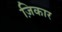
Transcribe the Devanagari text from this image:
ज़िकार